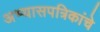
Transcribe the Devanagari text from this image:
अभ्यासपत्रिकांचे